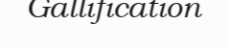
Gallification